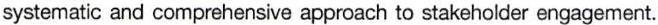
systematic and comprehensive approach to stakeholder engagement.